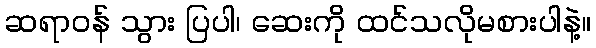
ဆရာဝန် သွား ပြပါ၊ ဆေးကို ထင်သလိုမစားပါနဲ့။